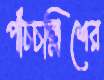
পাঁচচল্লিশের